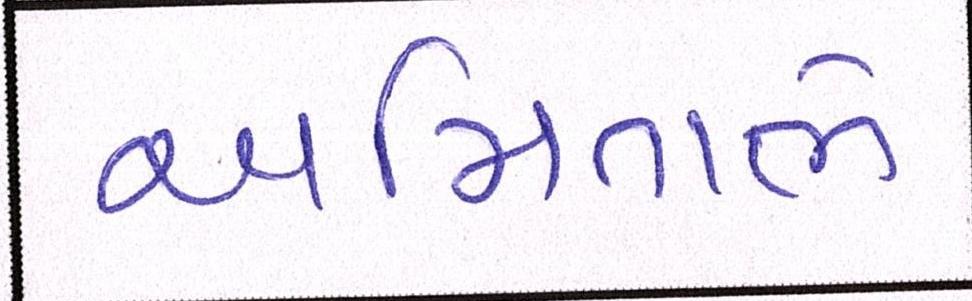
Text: અમિતાભે